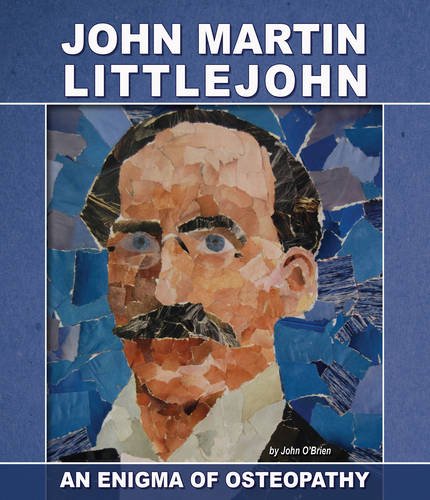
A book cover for John Martin Littlejohn: An Enigma of Osteopathy; John O'Brien; Medical Books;